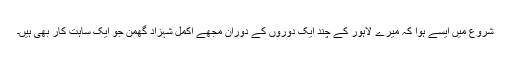
شروع میں ایسے ہُوا کہ میرے لاہور کے چند ایک دوروں کے دوران مجھے اکمل شہزاد گھمن جو ایک ساہت کار بھی ہیں۔